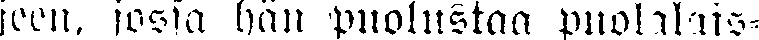
seen, jossa hän puolustaa puolalais-